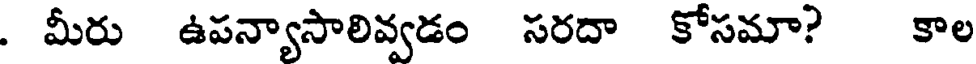
. మీరు ఉపన్యాసాలివ్వడం సరదా కోసమా? కాల